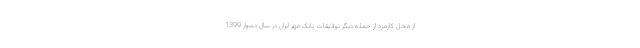
از محل کارمزد از جمله دیگر توفیقات بانک مهر ایران در سال دشوار 1399